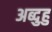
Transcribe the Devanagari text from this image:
अब्दुहु